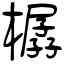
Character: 樼